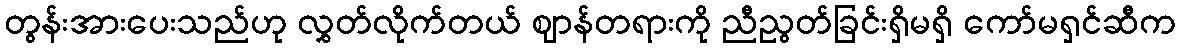
တွန်းအားပေးသည်ဟု လွှတ်လိုက်တယ် ဈာန်တရားကို ညီညွတ်ခြင်းရှိမရှိ ကော်မရှင်ဆီက